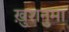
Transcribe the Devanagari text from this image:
ख़ुशनुमा